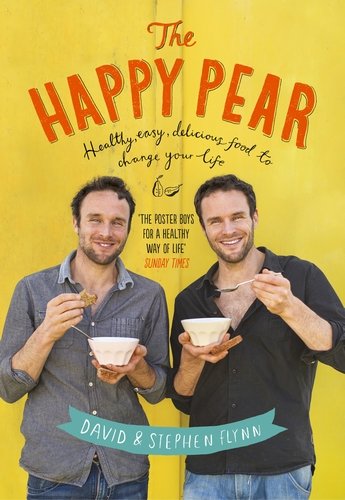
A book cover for Happy Pear Cookbook; David Flynn; Cookbooks, Food & Wine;